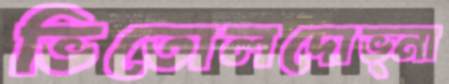
ভিতোলদোভ্না